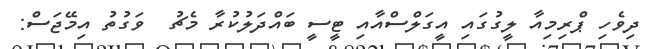
ދިވެހި ޕްރިމިއާ ލީގުގައި އީގަލްސްއާއި ޓީސީ ބައްދަލުކުރާ މެޗު  ވަގުތު އިމޭޖަސް: